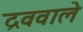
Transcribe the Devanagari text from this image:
द्रववाले